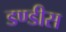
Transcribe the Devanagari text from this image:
डण्डीस